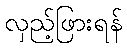
လှည့်ဖြားရန်